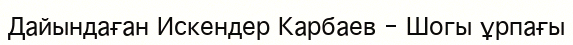
Дайындаған Искендер Карбаев - Шогы ұрпағы